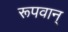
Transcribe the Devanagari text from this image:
रूपवान्